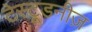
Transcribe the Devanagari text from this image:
टेस्टूडनीज़